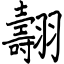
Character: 翿